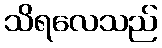
သိရလေသည်